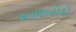
માલબોરો